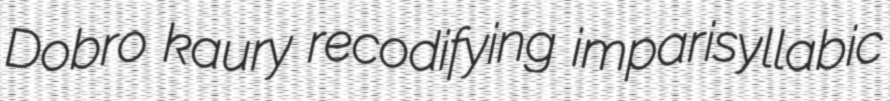
Dobro kaury recodifying imparisyllabic